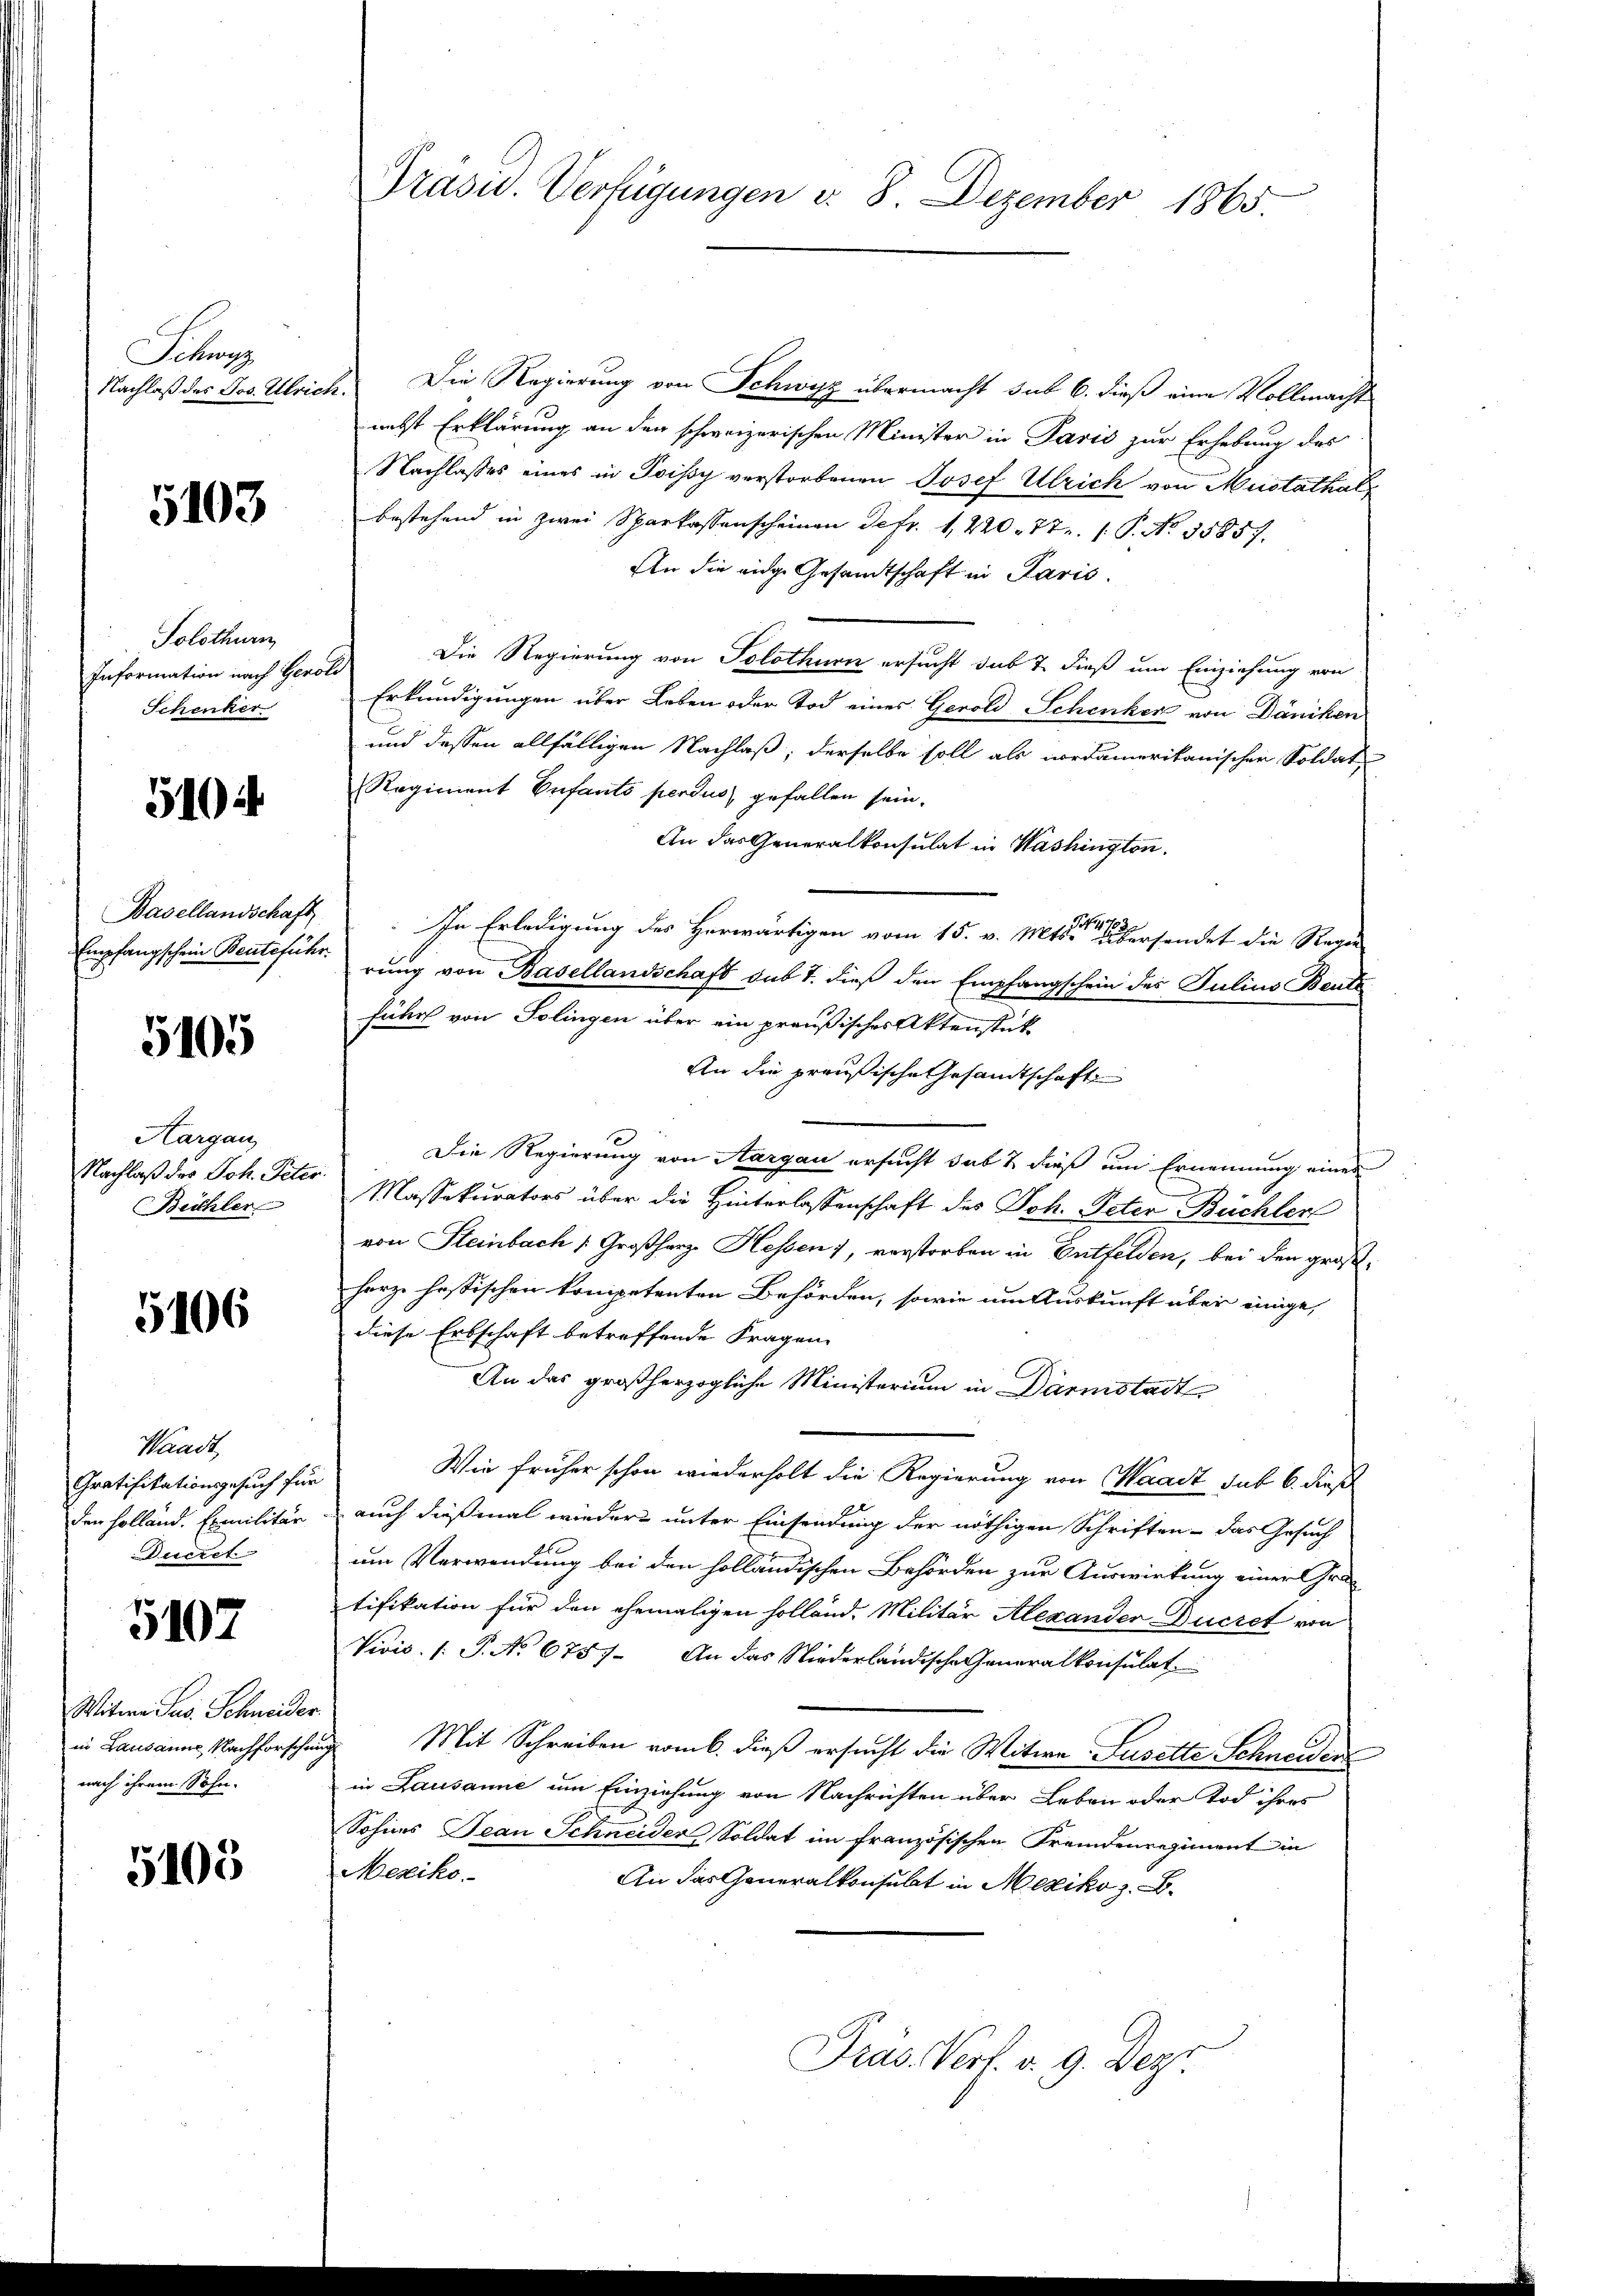
Situa
Nachlaß des Jos. Ulrich.

5103

Solothurn
Schenker

5104

Basellandschaft

5105

Hargau
Nachlaß des Joh. Peter
Beichler

5106

Waadt,
Gratifikationsgesuch für
Ducret

5107

Witwe Jus Schneider.
in Lausanne, Nachforsche
nach ihrem Sohn.

5105

Die Regierung von Schwyz übermacht sub 6. dieß eine Vollmacht
nebst Erklärung an den schweizerischen Minister in Paris zur Erhebung des
Nachlasses eines in Poissy verstorbenen Josef Ulrich von Mustathal
bestehend in zwei Sparkassenscheinen Sefr. 1, 220. 77. 1. P. No. 35857.
An die eidge Gesandtschaft in Paris.
Information nach Herold Die Regierung von Solothurn ersucht sub 7. dieß um Einziehung von
Erkundigungen über Leben oder Tod eines Gerold Schenker von Däniken
und dessen allfälligen Nachlaß; derselbe soll als nordamerikanischer Soldat,
Regiment Enfants perdus gefallen sein.
An das Generalkonsulat in Washington.
In Erledigung des Herwärtigen vom 15. v. Mts. ten ersendet die Regen
Empfangschein Benteführung von Basellandschaft sub 7. dieß den Empfangschein des Julius Bente
fuhr von Solingen über ein preußischer Aktenstück
An die preußische Gesandtschafte
1
Die Regierung von Aargau ersucht sab & dieß um Ernennung eines
Massekurators über die Hinterlassenschaft des Joh. Peter Büchler
von Steinbach Großherz- Hessen), verstorben in Entfelden, bei den großherz hostischen kompetenten Behörden, sowie um Auskunft über einige,
diese Erbschaft betreffende Fragen
An das großherzogliche Ministerium in Darmstadt
Wie früher schon wiederholt die Regierung von Waadt sub 6. dieß
den Holland. Exmilitär auch dießmal wiedert unter Einsendung der nöthigen Schriften - das Gesuch
um Verwendung bei den holländischen Behörden zur Auswirkung einer Gratifikation für den ehemaligen Holland. Militär Alexander Bücket von
Vivis /: P. No 675). An das Niederländische Generalkonsulat
 Mit Schreiben vom 6. dieß ersucht die Witwe Susette Schneiden
in Lausanne um Einziehung von Nachrichten über Leben oder Tod ihres
Sohnes Beau Schneider, Soldat im französischen Fremdenregiment in
Mexiko
An das Generalkonsulat in Mexiko z. B.
Präs. Vers. v. 9. Depr

Präsu. Verfügungen v. 8. Dezember 1865.